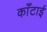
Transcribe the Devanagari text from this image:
काँटाई